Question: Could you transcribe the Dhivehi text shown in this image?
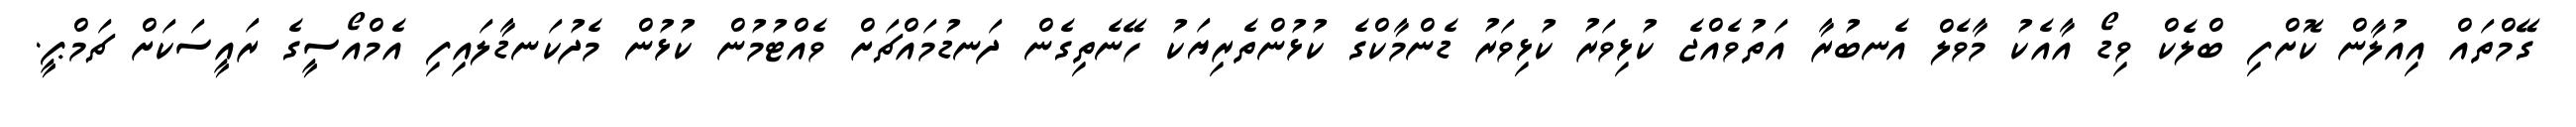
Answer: ގޭމްތައް އިއުލާން ކޮށްފި ބްލެކް ވިޑޯ އާއެކު މާވެލް އެނބުރާ އަތުވެއްޖެ ކުޅިވަރު ކުޅިވަރު ޑެންމާކްގެ ކުޅުންތެރިޔަކު ހޭނެތިގެން ދަނޑުމައްޗަށް ވެއްޓުމުން ކުޅުން މެދުކަނޑާލައިފި އެމްއޯސީގެ ރައީސަކަށް ޗަމްޕީ.